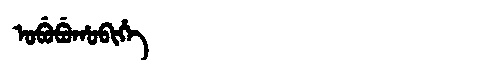
Manchu: ᠣᠪᡠᠪᡠᡥᠣᠪᡳᡥᡝ
Romanization: OBUBUHOBIHE